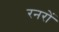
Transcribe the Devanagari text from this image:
रनरों